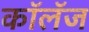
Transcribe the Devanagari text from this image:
कॉलॅज